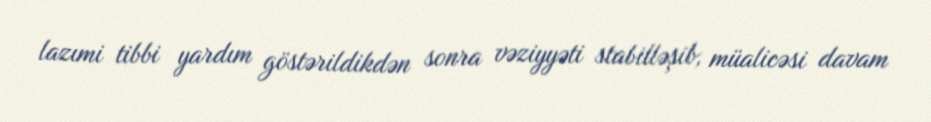
lazımi tibbi yardım göstərildikdən sonra vəziyyəti stabilləşib, müalicəsi davam